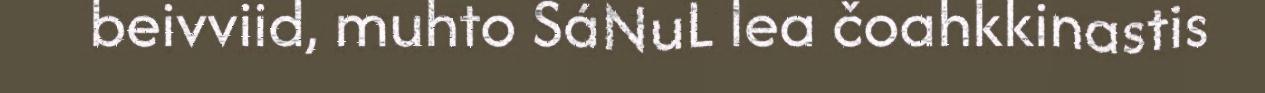
beivviid, muhto SáNuL lea čoahkkinastis